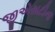
જીએસટીના